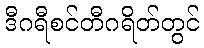
ဒီဂရီစင်တီဂရိတ်တွင်